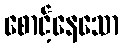
စောင့်နေသော